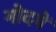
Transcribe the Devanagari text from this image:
गोदमें